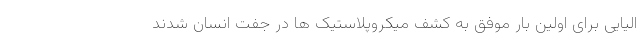
الیایی برای اولین بار موفق به کشف میکروپلاستیک ها در جفت انسان شدند